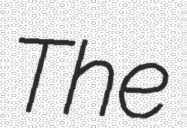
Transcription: The